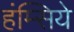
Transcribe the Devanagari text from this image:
हंम्सिये